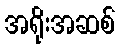
အရိုးအဆစ်